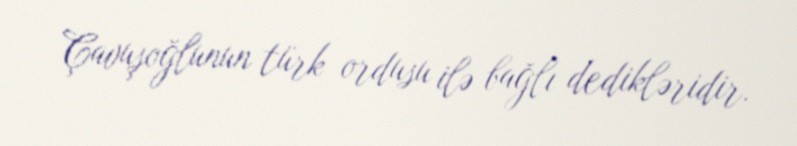
Çavuşoğlunun türk ordusu ilə bağlı dedikləridir.